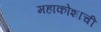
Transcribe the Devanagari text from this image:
महाकोशाची